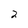
Character: 2